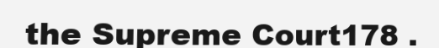
the Supreme Court178 .